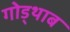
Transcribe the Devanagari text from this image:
गोड्थाब